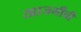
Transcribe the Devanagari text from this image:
खाजगीची